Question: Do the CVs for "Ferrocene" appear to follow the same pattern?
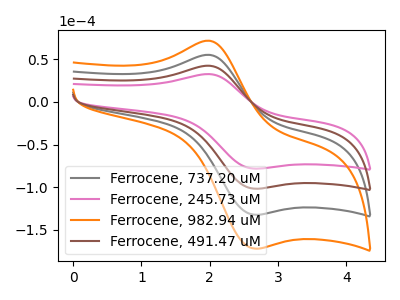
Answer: <think>The gray curve "Ferrocene, 737.20 uM" has an anodic peak at (2.00V, 85.05uA) and a cathodic peak at (2.65V, -203.40uA). The pink curve "Ferrocene, 245.73 uM" has an anodic peak at (2.00V, 32.70uA) and a cathodic peak at (2.65V, -78.20uA). The orange curve "Ferrocene, 982.94 uM" has an anodic peak at (2.00V, 127.55uA) and a cathodic peak at (2.65V, -305.10uA). The brown curve "Ferrocene, 491.47 uM" has an anodic peak at (2.00V, 42.50uA) and a cathodic peak at (2.65V, -101.70uA).
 All the peaks in "Ferrocene, 737.20 uM" have a peak in "Ferrocene, 245.73 uM" at the same potential. Every peak in "Ferrocene, 737.20 uM" is higher than every peak in "Ferrocene, 245.73 uM". All the peaks in "Ferrocene, 737.20 uM" have a peak in "Ferrocene, 982.94 uM" at the same potential. Every peak in "Ferrocene, 737.20 uM" is lower than every peak in "Ferrocene, 982.94 uM". All the peaks in "Ferrocene, 737.20 uM" have a peak in "Ferrocene, 491.47 uM" at the same potential. Every peak in "Ferrocene, 737.20 uM" is higher than every peak in "Ferrocene, 491.47 uM". All the peaks in "Ferrocene, 245.73 uM" have a peak in "Ferrocene, 982.94 uM" at the same potential. Every peak in "Ferrocene, 245.73 uM" is lower than every peak in "Ferrocene, 982.94 uM". All the peaks in "Ferrocene, 245.73 uM" have a peak in "Ferrocene, 491.47 uM" at the same potential. Every peak in "Ferrocene, 245.73 uM" is lower than every peak in "Ferrocene, 491.47 uM". All the peaks in "Ferrocene, 982.94 uM" have a peak in "Ferrocene, 491.47 uM" at the same potential. Every peak in "Ferrocene, 982.94 uM" is higher than every peak in "Ferrocene, 491.47 uM".</think>
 <answer>All the CV's of "Ferrocene" have similar shape.</answer>
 <eval>follow_rule</eval>